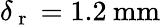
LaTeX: \delta_{\mathrm{~r~}}=1.2\: \mathrm{mm}